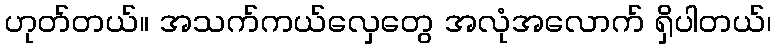
ဟုတ်တယ်။ အသက်ကယ်လှေတွေ အလုံအလောက် ရှိပါတယ်၊